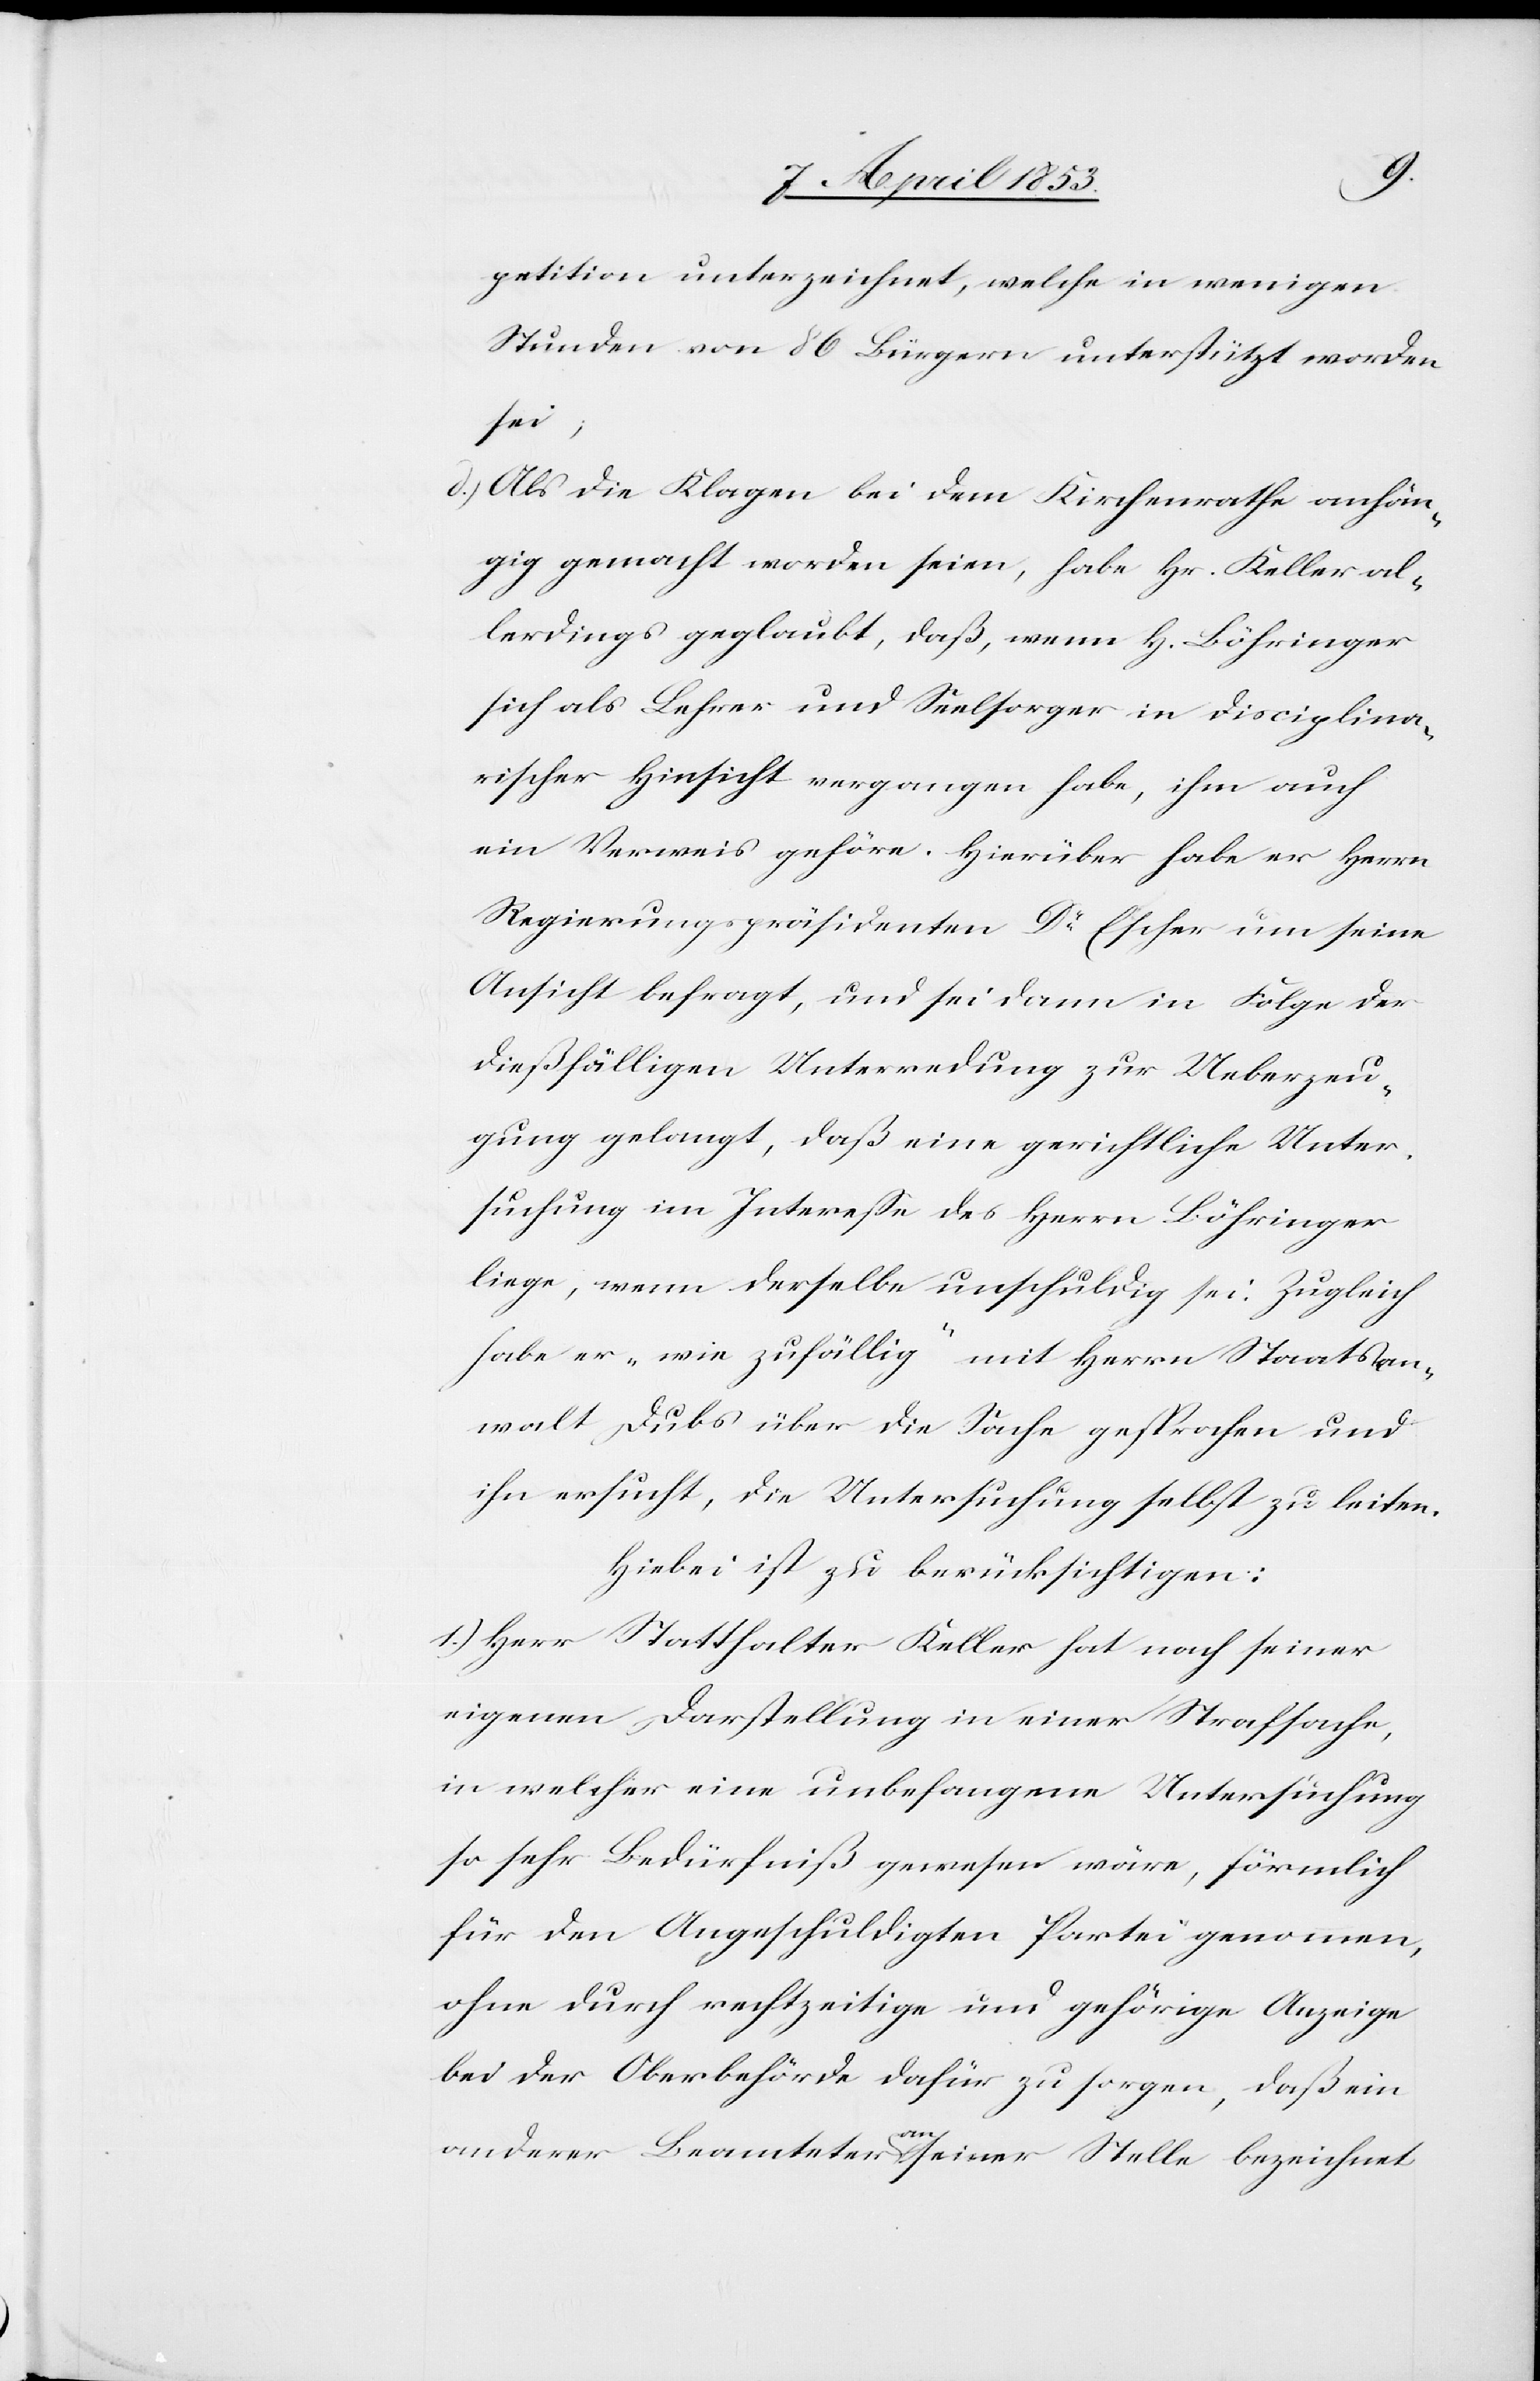
petition unterzeichnet, welche in wenigen
Stunden von 86 Bürgern unterstützt worden
sei;
d.) Als die Klagen bei dem Kirchenrathe anhän¬
gig gemacht worden seien, habe Hr. Keller al¬
lerdings geglaubt, daß, wenn H[errn] Löhringer
sich als Lehrer und Seelsorger in disciplina¬
rischer Hinsicht vergangen habe, ihm auch
ein Verweis gehöre. Hierüber habe er Herrn
Regierungspräsidenten Dr. Escher um seine
Ansicht befragt, und sei dann in Folge der
dießfälligen Unterredung zur Ueberzeu¬
gung gelangt, daß eine gerichtliche Unter¬
suchung im Interesse des Herrn Löhringer
liege, wenn derselbe unschuldig sei. Zugleich
habe er „wie zufällig“ mit Herrn Staatsan¬
walt Dubs über die Sache gesprochen und
ihn ersucht, die Untersuchung selbst zu leiten.
Hiebei ist zu berücksichtigen:
1.) Herr Statthalter Keller hat nach seiner
eigenen Darstellung in einer Strafsache,
in welcher eine unbefangene Untersuchung
so sehr Bedürfniß gewesen wäre, förmlich
für den Angeschuldigten Partei genommen,
ohne durch rechtzeitige und gehörige Anzeige
bei der Oberbehörde dafür zu sorgen, daß ein
anderer Beamteter an seiner Stelle bezeichnet